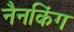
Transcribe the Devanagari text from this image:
नैनकिंग